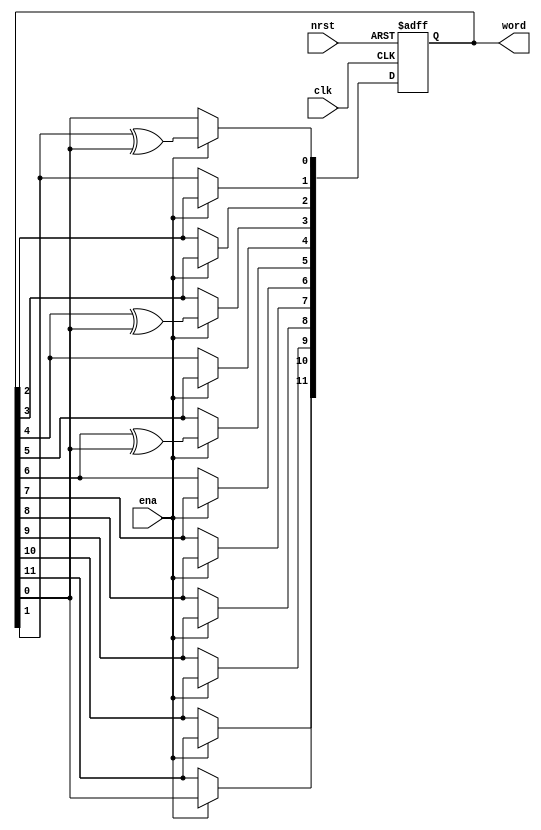
// (C) 2001-2016 Intel Corporation. All rights reserved.
// Your use of Intel Corporation's design tools, logic functions and other 
// software and tools, and its AMPP partner logic functions, and any output 
// files any of the foregoing (including device programming or simulation 
// files), and any associated documentation or information are expressly subject 
// to the terms and conditions of the Intel Program License Subscription 
// Agreement, Intel MegaCore Function License Agreement, or other applicable 
// license agreement, including, without limitation, that your use is for the 
// sole purpose of programming logic devices manufactured by Intel and sold by 
// Intel or its authorized distributors.  Please refer to the applicable 
// agreement for further details.


`timescale 1 ps / 1 ps

module rw_manager_lfsr12(
	clk, 
	nrst, 
	ena, 
	word
);

	input clk;
	input nrst;
	input ena;
	output reg [11:0] word;

	always @(posedge clk or negedge nrst) begin
		if(~nrst) begin
			word <= 12'b101001101011;
		end
		else if(ena) begin
			word[11] <= word[0];
			word[10] <= word[11];
			word[9] <= word[10];
			word[8] <= word[9];
			word[7] <= word[8];
			word[6] <= word[7];
			word[5] <= word[6] ^ word[0];
			word[4] <= word[5];
			word[3] <= word[4] ^ word[0];
			word[2] <= word[3];
			word[1] <= word[2];
			word[0] <= word[1] ^ word[0];
		end
	end

endmodule